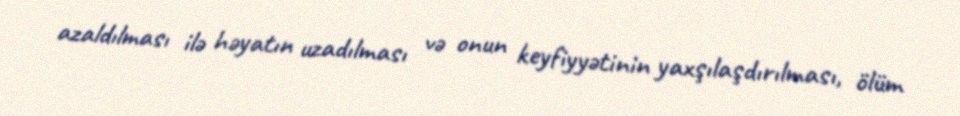
azaldılması ilə həyatın uzadılması və onun keyfiyyətinin yaxşılaşdırılması, ölüm